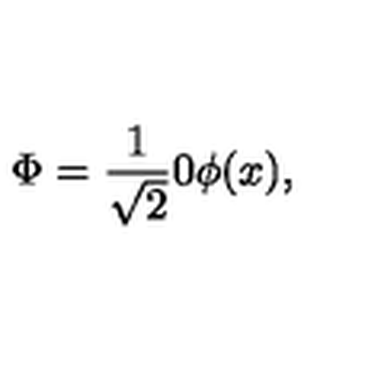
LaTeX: \Phi = \frac { 1 } { \sqrt { 2 } } { \binom { 0 } { \phi ( x ) } } ,